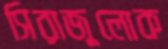
সিরাজুলোক